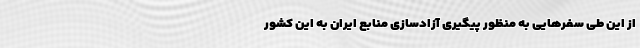
از این طی سفرهایی به منظور پیگیری آزادسازی منابع ایران به این کشور